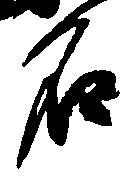
名